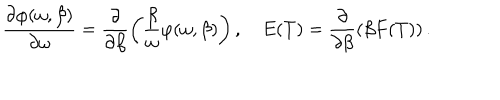
\frac { \partial \varphi ( \omega , \beta ) } { \partial \omega } = \frac { \partial } { \partial \beta } \left( \frac { \beta } { \omega } \varphi ( \omega , \beta ) \right) , ~ E ( T ) = \frac { \partial } { \partial \beta } \left( \beta F ( T ) \right) .